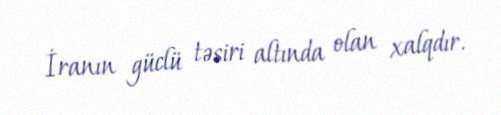
İranın güclü təsiri altında olan xalqdır.